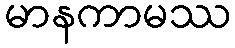
မာနကာမဿ